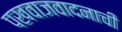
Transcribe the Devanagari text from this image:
पखवाजवादनाची